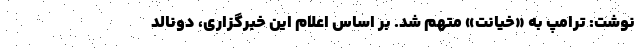
نوشت: ترامپ به «خیانت» متهم شد. بر اساس اعلام این خبرگزاری، دونالد